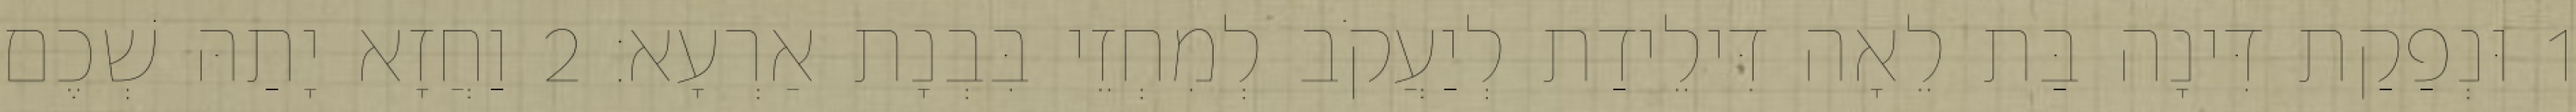
1 וּנְפַקַת דִּינָה בַּת לֵאָה דִּילֵידַת לְיַעֲקֹב לְמִחְזֵי בִּבְנָת אַרְעָא׃ 2 וַחֲזָא יָתַהּ שְׁכֶם